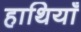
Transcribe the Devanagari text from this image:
हाथियाँ